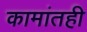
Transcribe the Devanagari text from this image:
कामांतही